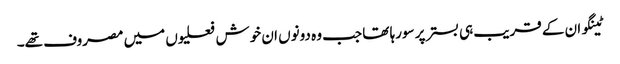
ٹینگو ان کے قریب ہی بستر پر سورہا تھا جب وہ دونوں ان خوش فعلیوں میں مصروف تھے۔